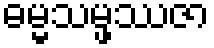
ဓမ္မသမ္ဖဿဇာ